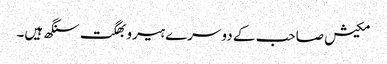
مکیش صاحب کے دوسرے ہیرو بھگت سنگھ ہیں۔